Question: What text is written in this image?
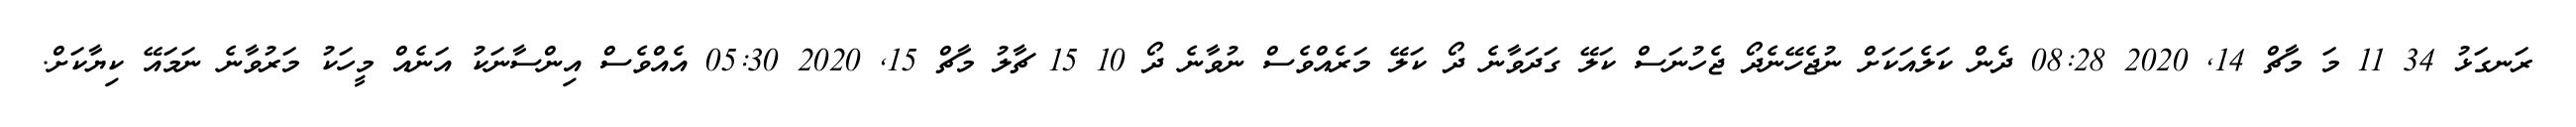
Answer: ރަނގަޅު 34 11 މަ މާޗް 14, 2020 08:28 ދެން ކަލެއަކަށް ނުޖެހޭނެދޯ ޖެހުނަސް ކަލޭ ގަދަވާނެ ދޯ ކަލޭ މަރެއްވެސް ނުވާނެ ދޯ 10 15 ޗާލު މާޗް 15, 2020 05:30 އެއްވެސް އިންސާނަކު އަނެއް މީހަކު މަރުވާނެ ނަމައޭ ކިޔާކަށް.